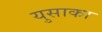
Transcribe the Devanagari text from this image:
युसाका